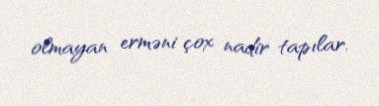
olmayan erməni çox nadir tapılar.